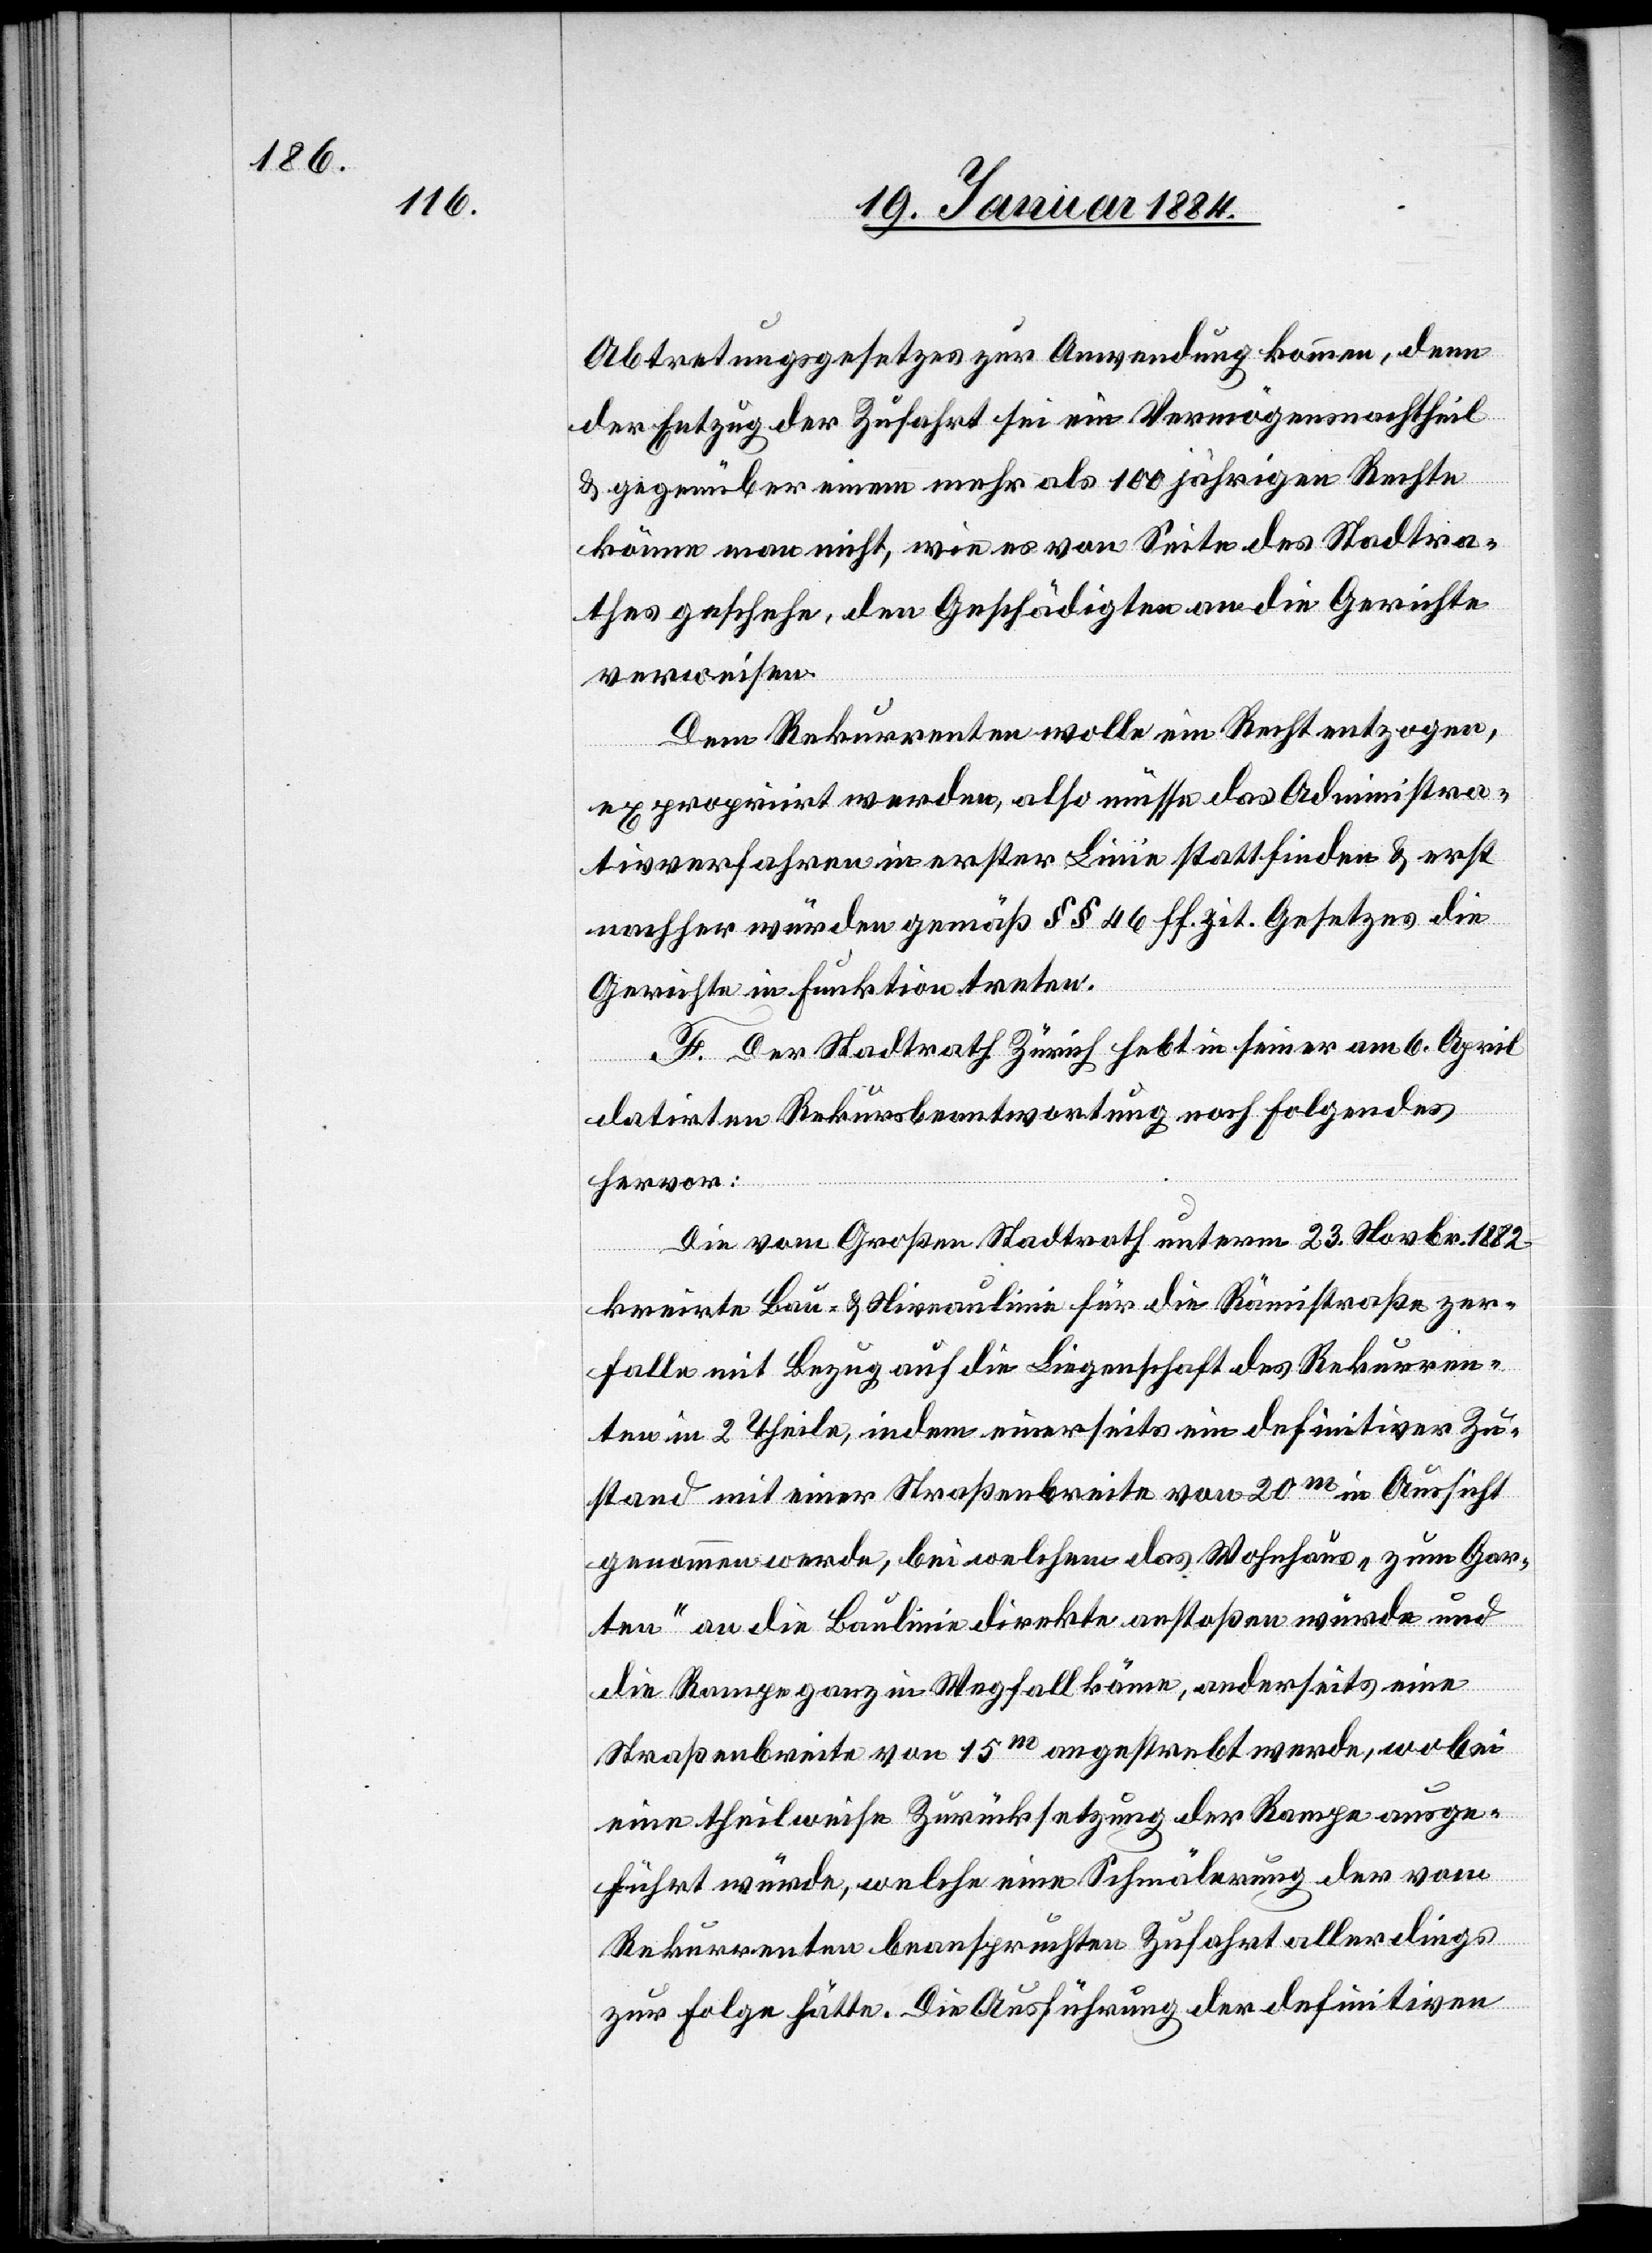
Abtretungsgesetzes zur Anwendung kommen, denn
der Entzug der Zufahrt sei ein Vermögensnachtheil
& gegenüber einem mehr als 100jährigen Rechte
könne man nicht, wie es von Seite des Stadtra¬
thes geschehe, den Geschädigten an die Gerichte
verweisen.
Dem Rekurrenten wolle ein Recht entzogen,
expropriirt werden, also müsse das Administra¬
tivverfahren in erster Linie stattfinden & erst
nachher würden gemäß §§ 46 ff zit. Gesetzes die
Gerichte in Funktion treten.
F. Der Stadtrath Zürich hebt in seiner am 6. April
datirten Rekursbeantwortung noch Folgendes
hervor:
Die vom Großen Stadtrath unterm 23. Novbr. 1882
kreierte Bau- & Niveaulinie für die Rämistraße zer¬
falle mit Bezug auf die Liegenschaft des Rekurren¬
ten in 2 Theile, indem einerseits ein definitiver Zu¬
stand mit einer Straßenbreite von 20m in Aussicht
genommen werde, bei welchem das Wohnhaus „zum Gar¬
ten“ an die Baulinie direkt anstoßen würde und
die Rampe ganz in Wegfall käme, anderseits eine
Straßenbreite von 15m angestrebt werde, wobei
eine theilweise Zurücksetzung der Rampe ausge¬
führt würde, welche eine Schmälerung der vom
Rekurrenten beanspruchten Zufahrt allerdings
zur Folge hätte. Die Ausführung der definitiven